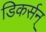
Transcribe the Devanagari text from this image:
डिकर्सन्